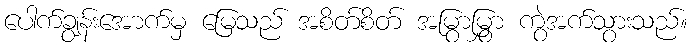
ပေါက်ချွန်းအောက်မှ မြေသည် အစိတ်စိတ် အမြွာမြွှာ ကွဲအက်သွားသည်။